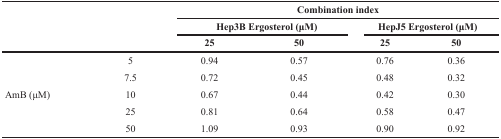
<table><thead><tr><td></td><td></td><td colspan="4"><b>Combination index</b></td></tr><tr><td></td><td></td><td colspan="2"><b>Hep3B Ergosterol (μM)</b></td><td colspan="2"><b>HepJ5 Ergosterol (μM)</b></td></tr><tr><td></td><td></td><td><b>25</b></td><td><b>50</b></td><td><b>25</b></td><td><b>50</b></td></tr></thead><tbody><tr><td></td><td>5</td><td>0.94</td><td>0.57</td><td>0.76</td><td>0.36</td></tr><tr><td></td><td>7.5</td><td>0.72</td><td>0.45</td><td>0.48</td><td>0.32</td></tr><tr><td>AmB (μM)</td><td>10</td><td>0.67</td><td>0.44</td><td>0.42</td><td>0.30</td></tr><tr><td></td><td>25</td><td>0.81</td><td>0.64</td><td>0.58</td><td>0.47</td></tr><tr><td></td><td>50</td><td>1.09</td><td>0.93</td><td>0.90</td><td>0.92</td></tr></tbody></table>